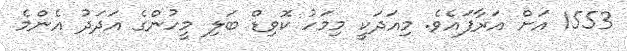
1553 އަށް އަރާފައެވެ. މިއަދަކީ މިމަހު ކޮވިޑް ބަލި މީހުންގެ އަދަދު އެންމެ